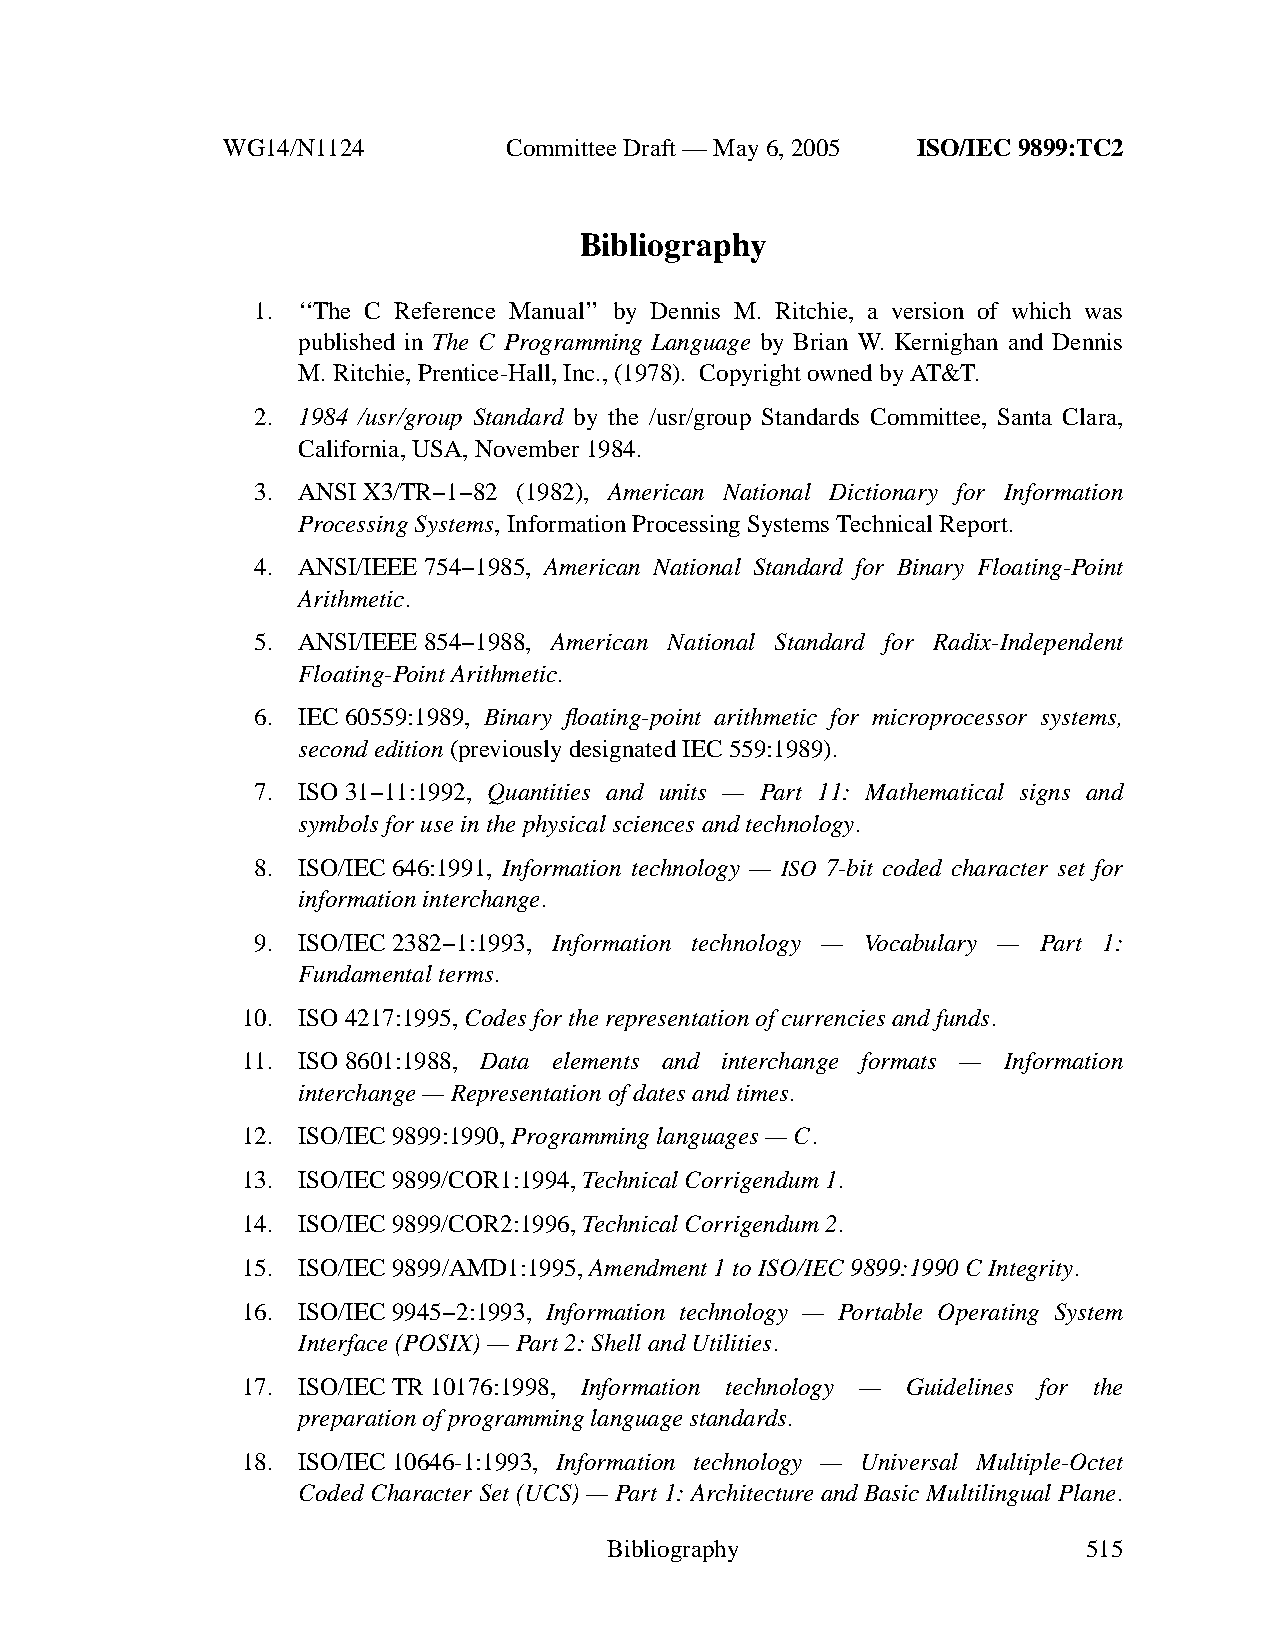
WG14/N1124        CommitteeDraft — May 6, 2005 ISO/IEC 9899:TC2
 Bibliography
 1. ‘‘The C Reference Manual’’ by Dennis M. Ritchie, a version of which was
 published in The C Programming Language by Brian W. Kernighan and Dennis
 M. Ritchie, Prentice-Hall, Inc., (1978). Copyright owned by AT&T.
 2. 1984 /usr/group Standard by the /usr/group Standards Committee, Santa Clara,
 California, USA, November 1984.
 3. ANSIX3/TR−1−82 (1982), American National Dictionary for Information
 Processing Systems,Information Processing Systems Technical Report.
 4. ANSI/IEEE754−1985, American National Standard for Binary Floating-Point
 Arithmetic.
 5. ANSI/IEEE854−1988, American National Standard for Radix-Independent
 Floating-Point Arithmetic.
 6. IEC60559:1989, Binary floating-point arithmetic for microprocessor systems,
 second edition (previously designated IEC 559:1989).
 7. ISO31−11:1992, Quantities and units — Part 11: Mathematical signs and
 symbols for use in the physical sciences and technology.
 8. ISO/IEC646:1991, Information technology — ISO 7-bit coded character set for
 information interchange.
 9. ISO/IEC2382−1:1993, Information technology — Vocabulary — Part 1:
 Fundamental terms.
 10. ISO 4217:1995, Codes for the representation of currencies and funds.
 11. ISO8601:1988, Data elements and interchange formats — Information
 interchange—Representation of dates and times.
 12. ISO/IEC9899:1990,Programming languages—C.
 13. ISO/IEC9899/COR1:1994,Technical Corrigendum 1.
 14. ISO/IEC9899/COR2:1996,Technical Corrigendum 2.
 15. ISO/IEC9899/AMD1:1995, Amendment 1 to ISO/IEC 9899:1990 C Integrity.
 16. ISO/IEC9945−2:1993, Information technology — Portable Operating System
 Interface (POSIX) — Part 2: Shell and Utilities.
 17. ISO/IECTR 10176:1998, Information technology — Guidelines for the
 preparation of programming language standards.
 18. ISO/IEC10646-1:1993, Information technology — Universal Multiple-Octet
 Coded Character Set (UCS) — Part 1: Architecture and Basic Multilingual Plane.
 Bibliography                    515